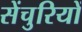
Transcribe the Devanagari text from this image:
सेंचुरियों